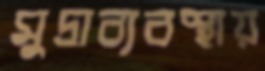
মুদ্রাব্যবস্থায়